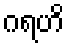
ဂရဟိ